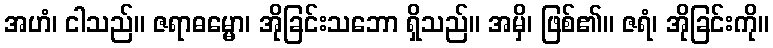
အဟံ၊ ငါသည်။ ဇရာဓမ္မော၊ အိုခြင်းသဘော ရှိသည်။ အမှိ၊ ဖြစ်၏။ ဇရံ၊ အိုခြင်းကို။